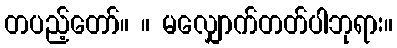
တပည့်တော်။ ။ မလျှောက်တတ်ပါဘုရား။